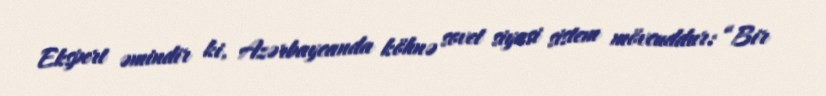
Ekspert əmindir ki, Azərbaycanda köhnə sovet siyasi sistem mövcuddur: “Bir